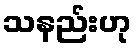
သနည်းဟု